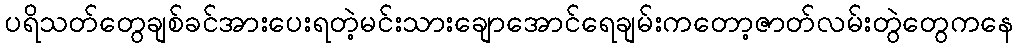
ပရိသတ်တွေချစ်ခင်အားပေးရတဲ့မင်းသားချောအောင်ရေချမ်းကတော့ဇာတ်လမ်းတွဲတွေကနေ